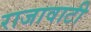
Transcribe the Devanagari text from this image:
राजावाटी